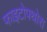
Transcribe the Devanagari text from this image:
फाइटोपथोरा